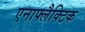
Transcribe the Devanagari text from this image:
एनाफ्लैक्टिक